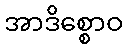
အာဒိစ္စောဝ